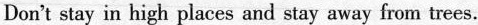
Don't stay in high places and stay away from trees.